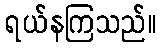
ရယ်နကြသည်။